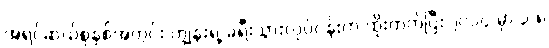
အရင်ဆယ်စုနှစ်အတွင်း ကျွန်းရဲ့ ခရီးသွားလုပ်ငန်းက ထိုးတက်ပြီး ၂၀၁၄ မှာ ၃.၈